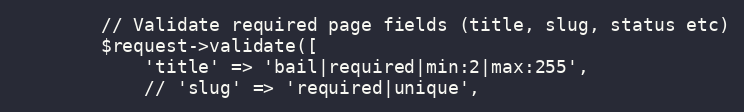
Language: PHP
        // Validate required page fields (title, slug, status etc)
        $request->validate([
            'title' => 'bail|required|min:2|max:255',
            // 'slug' => 'required|unique',